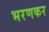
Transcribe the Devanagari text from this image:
भरणकर